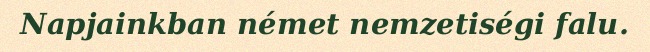
Napjainkban német nemzetiségi falu.